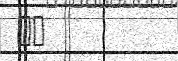
٧١